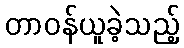
တာဝန်ယူခဲ့သည့်